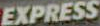
EXPRESS